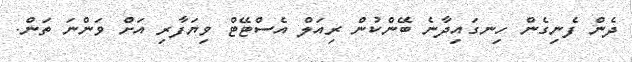
ދެން ފެނިގެން ހިނގައިދާނެ ބޭންކުން ރިއަލް އެސްޓޭޓް ވިޔަފާރި އަށް ވަންނަ ތަން.